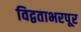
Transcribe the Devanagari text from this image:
विद्वताभरपूर